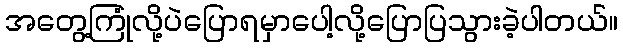
အတွေ့ကြုံလို့ပဲပြောရမှာပေါ့လို့ပြောပြသွားခဲ့ပါတယ်။